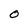
Character: O